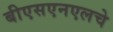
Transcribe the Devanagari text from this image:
बीएसएनएलचे